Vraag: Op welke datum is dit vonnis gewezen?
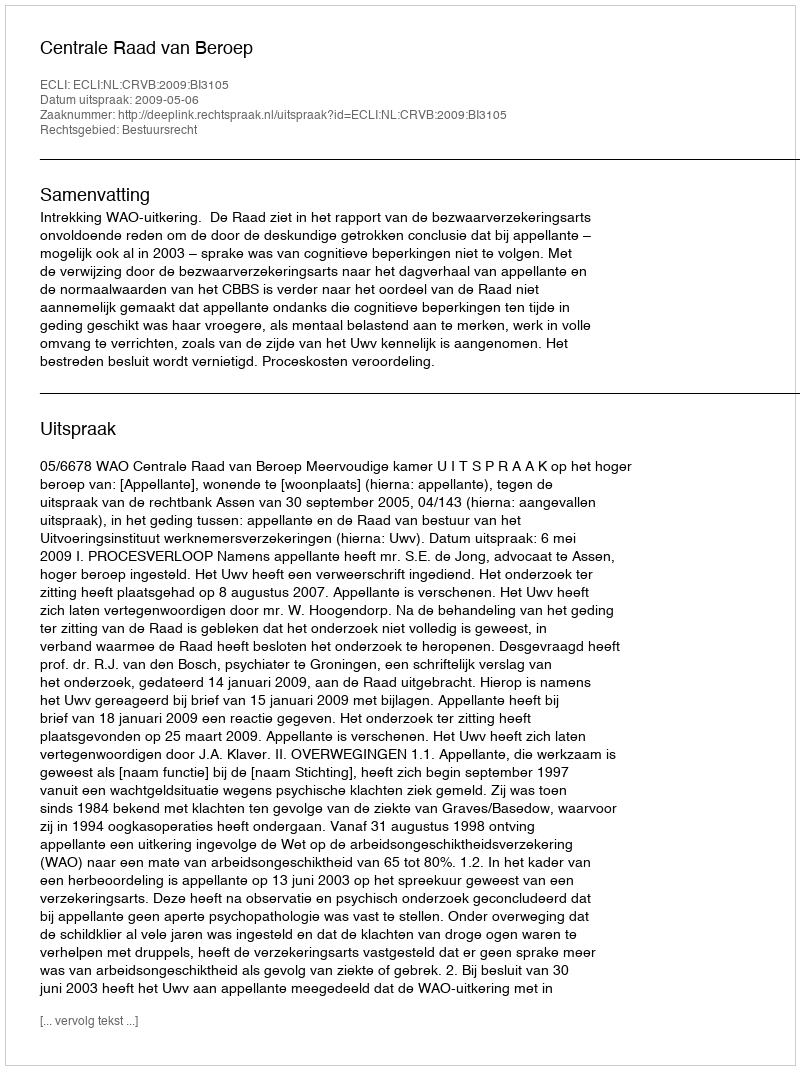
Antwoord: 2009-05-06